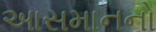
આસમાનનો